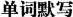
单词默写